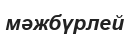
мәжбүрлей